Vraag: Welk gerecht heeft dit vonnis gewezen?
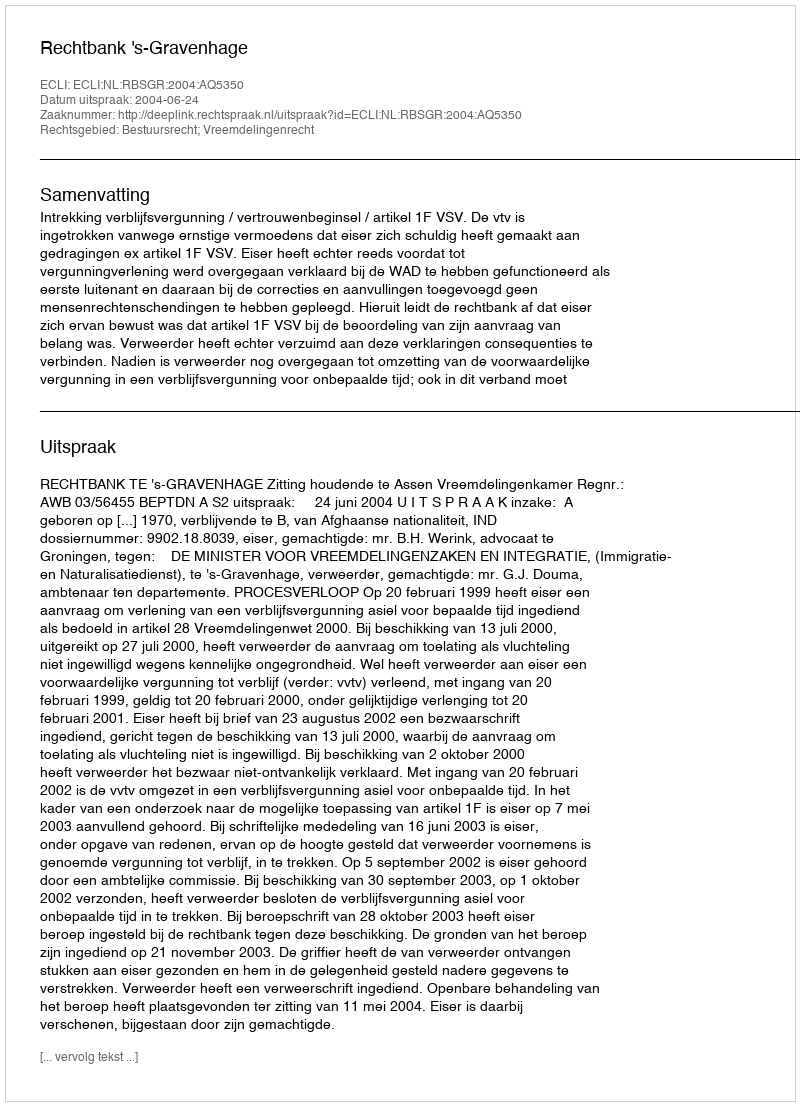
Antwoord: Rechtbank 's-Gravenhage